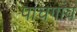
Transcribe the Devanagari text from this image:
पाचगांव